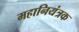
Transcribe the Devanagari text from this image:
महानियंत्रक